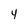
Character: 4